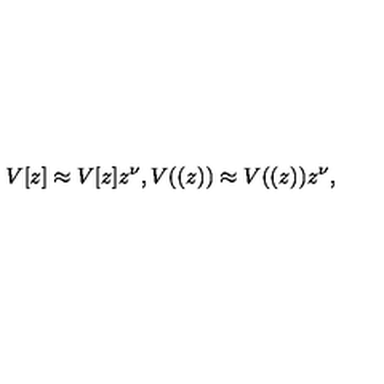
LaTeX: V [ z ] \approx V [ z ] z ^ { \nu } , V ( ( z ) ) \approx V ( ( z ) ) z ^ { \nu } ,